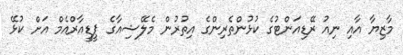
މާޒިޔާ އާއި ނިއު ރޭޑިއަންޓުގެ ކުޅުންތެރިންގެ އިތުރުން މެލޭޝިއާގެ ޕީޑީއާރްއެމް އަށް ކުޅޭ